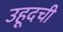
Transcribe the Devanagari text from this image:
उहूदची